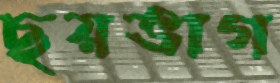
ছয়ভাগ